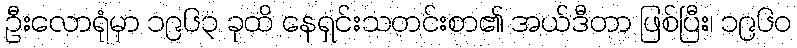
ဦးလောရုံမှာ ၁၉၆၃ ခုထိ နေရှင်းသတင်းစာ၏ အယ်ဒီတာ ဖြစ်ပြီး၊ ၁၉၆၀